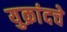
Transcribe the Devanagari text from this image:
युक्रांदचे